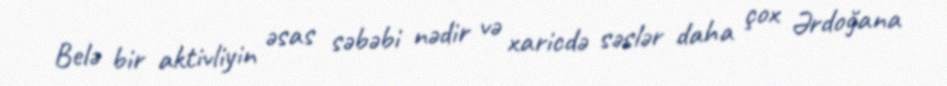
Belə bir aktivliyin əsas səbəbi nədir və xaricdə səslər daha çox Ərdoğana